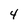
Character: 4